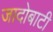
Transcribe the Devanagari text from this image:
जादोबाटी